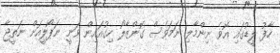
ހާފު ލީޑުގައި އޮވެ ނިންމާލި ނަމަވެސް ގޮންޒާލޯ ހިގުއައިން ވަނީ ނަޕޯލީއަށް ނަތީޖާ